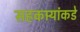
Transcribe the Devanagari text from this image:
सहकार्‍यांकडे